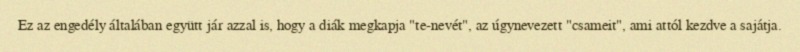
Ez az engedély általában együtt jár azzal is, hogy a diák megkapja "te-nevét", az úgynevezett "csameit", ami attól kezdve a sajátja.